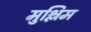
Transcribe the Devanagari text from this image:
मुश्लिम